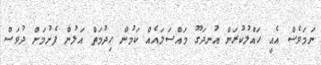
ނަމަވެސް އެއީ ހައްލުކުރަން އުނދަގޫ މައްސަލައެއް ކަމުން ހިދުމަތް އަލުން ފެށުމަށް ދުވަސް